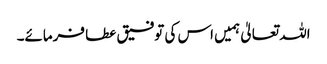
اللہ تعالیٰ ہمیں اس کی توفیق عطا فرمائے۔